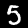
Label: 5